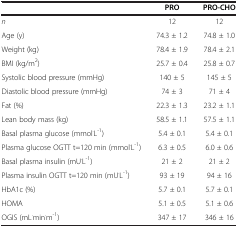
<table><thead><tr><td><b> </b></td><td><b>PRO</b></td><td><b>PRO-CHO</b></td></tr></thead><tbody><tr><td><i>n</i></td><td>12</td><td>12</td></tr><tr><td>Age (y)</td><td>74.3 ± 1.2</td><td>74.8 ± 1.0</td></tr><tr><td>Weight (kg)</td><td>78.4 ± 1.9</td><td>78.4 ± 2.1</td></tr><tr><td>BMI (kg/m<sup>2</sup>)</td><td>25.7 ± 0.4</td><td>25.8 ± 0.7</td></tr><tr><td>Systolic blood pressure (mmHg)</td><td>140 ± 5</td><td>145 ± 5</td></tr><tr><td>Diastolic blood pressure (mmHg)</td><td>74 ± 3</td><td>71 ± 4</td></tr><tr><td>Fat (%)</td><td>22.3 ± 1.3</td><td>23.2 ± 1.1</td></tr><tr><td>Lean body mass (kg)</td><td>58.5 ± 1.1</td><td>57.5 ± 1.1</td></tr><tr><td>Basal plasma glucose (mmol<sup>.</sup>L<sup>-1</sup>)</td><td>5.4 ± 0.1</td><td>5.4 ± 0.1</td></tr><tr><td>Plasma glucose OGTT t=120 min (mmol<sup>.</sup>L<sup>-1</sup>)</td><td>6.3 ± 0.5</td><td>6.0 ± 0.6</td></tr><tr><td>Basal plasma insulin (mU<sup>.</sup>L<sup>-1</sup>)</td><td>21 ± 2</td><td>21 ± 2</td></tr><tr><td>Plasma insulin OGTT t=120 min (mU<sup>.</sup>L<sup>-1</sup>)</td><td>93 ± 19</td><td>94 ± 16</td></tr><tr><td>HbA1c (%)</td><td>5.7 ± 0.1</td><td>5.7 ± 0.1</td></tr><tr><td>HOMA</td><td>5.1 ± 0.5</td><td>5.1 ± 0.6</td></tr><tr><td>OGIS (mL<sup>.</sup>min<sup>.</sup>m<sup>-1</sup>)</td><td>347 ± 17</td><td>346 ± 16</td></tr></tbody></table>